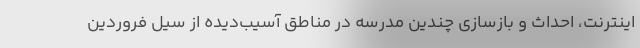
اینترنت، احداث و بازسازی چندین مدرسه در مناطق آسیب‌دیده از سیل فروردین